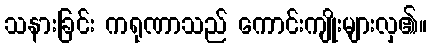
သနားခြင်း ကရုဏာသည် ကောင်းကျိုးများလှ၏။